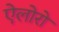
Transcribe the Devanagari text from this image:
ऐलोरो